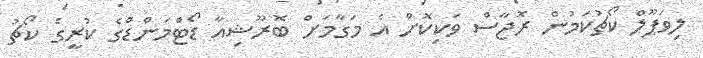
ލިވަޕޫލް ކޯޗުކަމުން ރޮޖާސް ވަކިކޮށް އެ މަގާމަށް ބޮރޫޝިއާ ޑޯޓްމަންޑްގެ ކުރީގެ ކޯޗު